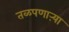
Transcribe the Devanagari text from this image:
तळपणाऱ्या